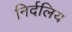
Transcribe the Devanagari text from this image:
निर्दलिय